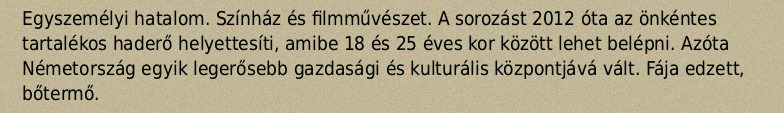
Egyszemélyi hatalom. Színház és filmművészet. A sorozást 2012 óta az önkéntes tartalékos haderő helyettesíti, amibe 18 és 25 éves kor között lehet belépni. Azóta Németország egyik legerősebb gazdasági és kulturális központjává vált. Fája edzett, bőtermő.